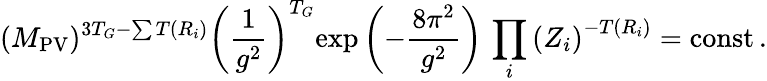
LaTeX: (M_{\mathrm{PV}})^{3T_{G}-\sum T(R_{i})}\left(\frac{1}{g^{2}}\right)^{T_{G}}\! \exp\left(-\frac{8\pi^{2}}{g^{2}}\right)\, \prod_{i}\left(Z_{i}\right)^{-T(R_{i})}=\mathrm{const}\, .